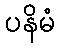
ပနိမံ